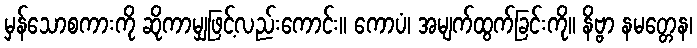
မှန်သောစကားကို ဆိုကာမျှဖြင့်လည်းကောင်း။ ကောပံ၊ အမျက်ထွက်ခြင်းကို။ နိဗ္ဗာ နမတ္တေန၊